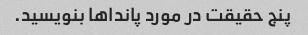
پنج حقیقت در مورد پانداها بنویسید.